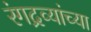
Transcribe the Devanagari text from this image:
रंगद्रव्यांच्या